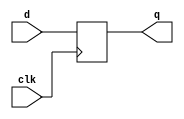
module DFF(d,clk,q);
input d,clk;
output reg q;
always @(posedge clk)
    q<=d;
endmodule